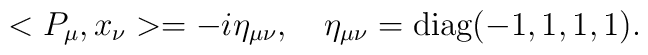
<P_\mu, x_\nu> =  -i \eta_{\mu\nu}, \quad \eta_{\mu\nu} = \mbox{diag}(-1,1,1,1).